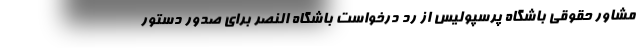
مشاور حقوقی باشگاه پرسپولیس از رد درخواست باشگاه النصر برای صدور دستور